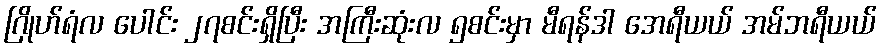
ဂြိုဟ်ရံလ ပေါင်း ၂၇စင်းရှိပြီး အကြီးဆုံးလ ၅စင်းမှာ မီရန်ဒါ အေရီယယ် အမ်ဘရီယယ်